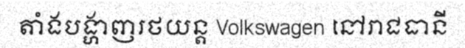
តាំងបង្ហាញរថយន្ត Volkswagen នៅរាជធានី